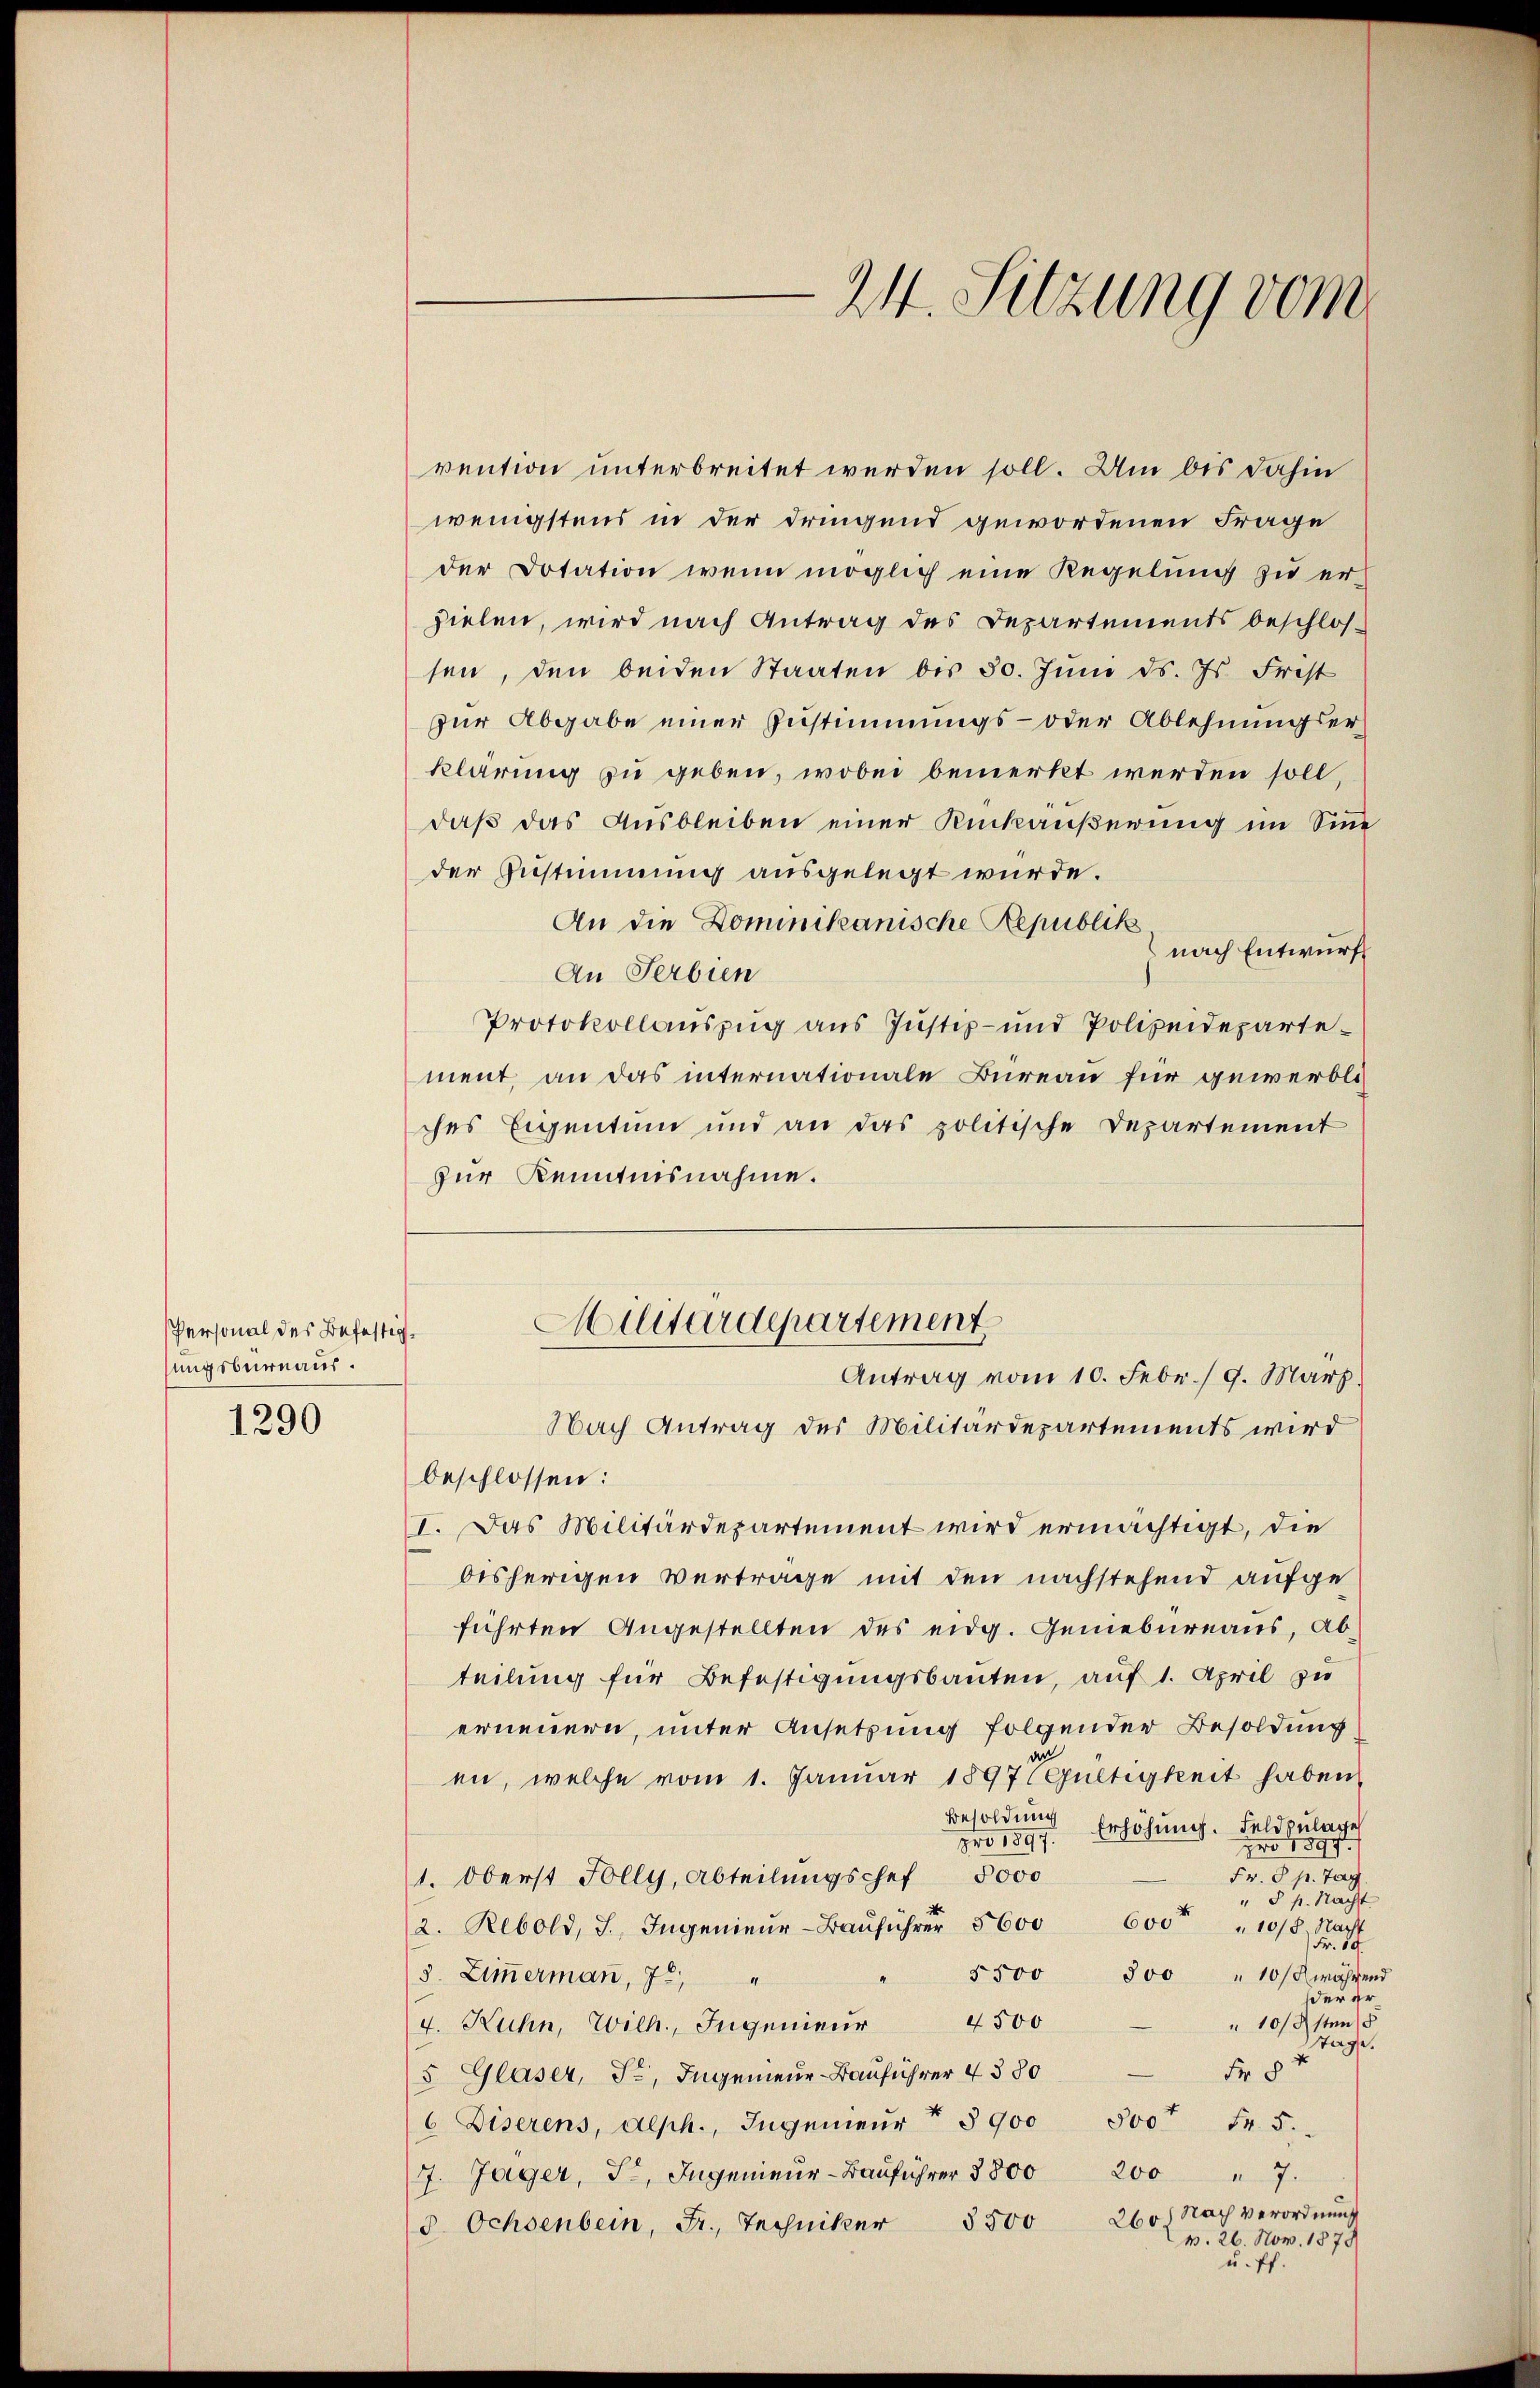
Personal des Befestigsungsburnaus.
1290

vention unterbreitet werden soll. Um bis dahin
wenigstens in der dringend gewordenen Frage
der Dotation wenn möglich eine Regelung zu er-
zielen, wird nach Antrag des Departements beschlos-
sen, den beiden Staaten bis 30. Jŭni d. Js. Frist
zur Abgabe einer Zustimmungs- oder Ablehnungserklärung zu geben, wobei bemerkt werden soll
daß das Ausbleiben einer Rückäußerung im Sinne
der Zustimmung ausgelegt wurde.
An die Dominikanische Republik
nach Entwurf
An Serbien
Protokollauszug aus Justiz- und Polizeidepartement, an das internationale Bureau für gewerbli
ches Eigentum und an das politische Departement
zur Kenntnisnahme.

24. Sitzung vom

Militärdepartement.
Antrag vom 10. Febr. / 9. März.

Nach Antrag des Militärdepartements wird
beschlossen:
I. Das Militärdepartement wird ermächtigt, die
bisherigen Vertrage mit den nachstehend aufgeführten Angestellten des eidg. Geniebureaus, Abteilung für Befestigungsbauten, auf 1. April zu
erneuern, unter Ansetzung folgender Besoldung
en, welche vom 1. Januar 1897 EGültigkeit haben,
Besoldung
Erhöhung. Feldzulage
pro 1897.
pro 1890.
Fr. 5. p. Tag
1. Oberst Folly, Abteilungschef 5000
§ p. Nacht
600 r
10/8. Nacht
2. Rebold, J., Ingenieur-Bauführer 5600
Fr. 50
5500 500
10/X während
3. Zimmerman, 7
der Er
4500
10/9sten §
4. Kuhn, Wilh., Ingenieur
Tage.
Fr 8
5 Glaser, Fr, Ingenieur-Bauführer 4380
6 Diserens, Alph., Ingenieŭr § 900 500 Fr. 5.
7. Jäger, F. Ingenieŭr-Bauführer 5800 200 " 7.
3. Ochsenbein, Fr., Techniker 3500 260, Nach verordnŭng
v. 26. Nov. 1878
u. ff.